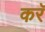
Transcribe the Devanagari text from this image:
करॅ